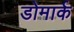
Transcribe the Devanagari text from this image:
डोमार्क